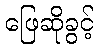
ဖြေဆိုခွင့်